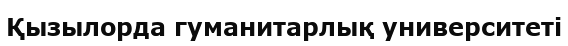
Қызылорда гуманитарлық университеті